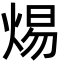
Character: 焬